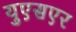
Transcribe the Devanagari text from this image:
युएसएर